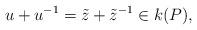
LaTeX: \begin{align*}u + u^{-1} = \tilde{z} + \tilde{z}^{-1} \in k(P),\end{align*}